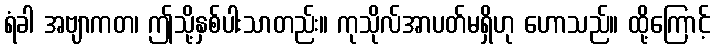
ရံခါ အဗျာကတ၊ ဤသို့နှစ်ပါးသာတည်း။ ကုသိုလ်အာပတ်မရှိဟု ဟောသည်။ ထို့ကြောင့်